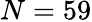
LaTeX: N=59